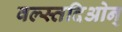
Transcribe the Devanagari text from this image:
वल्स्तदिओन्